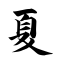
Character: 夏